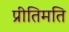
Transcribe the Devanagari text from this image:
प्रीतिमति